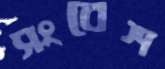
সংবেশ